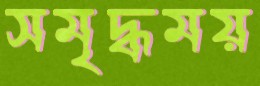
সমৃদ্ধময়